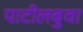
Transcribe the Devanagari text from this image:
पाटीलबुवा